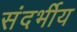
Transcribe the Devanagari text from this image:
संदर्भीय